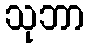
သုဘာ